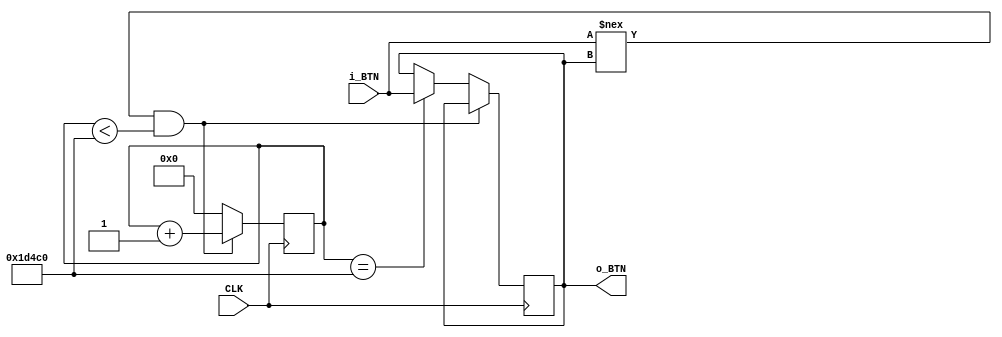
module debounce_filter (
    input CLK,
    input i_BTN,
    output o_BTN
);

parameter c_DEBOUNCE_LIMIT = 120000;

reg [17:0] r_Count = 0;
reg r_State = 1'b0;

always @(posedge CLK) begin
    if (i_BTN !== r_State && r_Count < c_DEBOUNCE_LIMIT)
        r_Count <= r_Count + 1;

    else if (r_Count == c_DEBOUNCE_LIMIT)
    begin
        r_State <= i_BTN;
        r_Count <= 0;
    end

    else
        r_Count <= 0;
end

assign o_BTN = r_State;
    
endmodule